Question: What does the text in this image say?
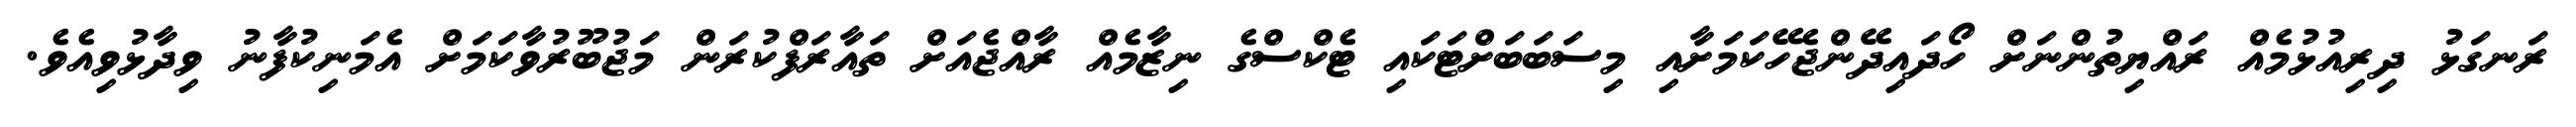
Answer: ރަނގަޅު ދިރިއުޅުމެއް ރައްޔިތުންނަށް ހޯދައިދޭންޖެހޭކަމަށާއި މިސަބަބަށްޓަކައި ޓެކްސްގެ ނިޒާމެއް ރާއްޖެއަށް ތައާރަފްކުރަން މަޖުބޫރުވާކަމަށް އެމަނިކުފާނު ވިދާޅުވިއެވެ.